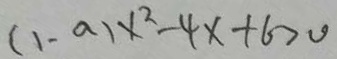
( 1 - a ) x ^ { 2 } - 4 x + 6 > 0